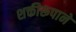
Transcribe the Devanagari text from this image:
शक्तीरूपाने